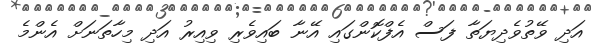
އަދި ވޭތުވެދިޔަތާ ފަސް އެފްކޮންގައި އޭނާ ބައިވެރި ވިއިރު އަދި މިހާތަނަށް އެންމެ